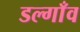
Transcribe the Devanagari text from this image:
डल्गाँव